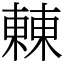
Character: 㯥